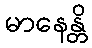
မာနေန္တိ